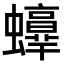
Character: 𧔫